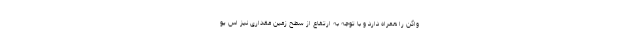
واگن را همراه دارد و با توجه به ارتفاع از سطح زمین مقداری نیز اس یو